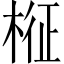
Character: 𣔥